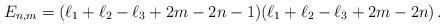
LaTeX: \begin{align*}E_{n,m}=(\ell_1+ \ell_2-\ell_3+2m-2n-1)(\ell_1+\ell_2-\ell_3 +2m -2n) \, .\end{align*}